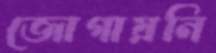
জোগায়নি